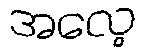
အလေ့